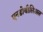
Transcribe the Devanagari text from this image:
एनडोथीलिअल